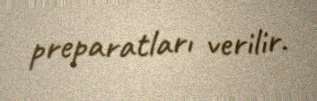
preparatları verilir.